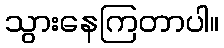
သွားနေကြတာပါ။